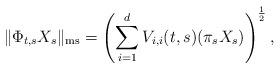
LaTeX: \begin{align*}\|\Phi_{t,s}X_s\|_{\rm ms}=\left(\sum_{i=1}^d V_{i,i}(t,s)(\pi_sX_s)\right)^{\frac{1}{2}},\end{align*}